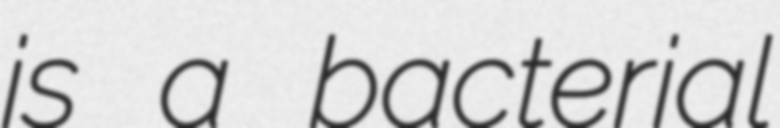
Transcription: is a bacterial